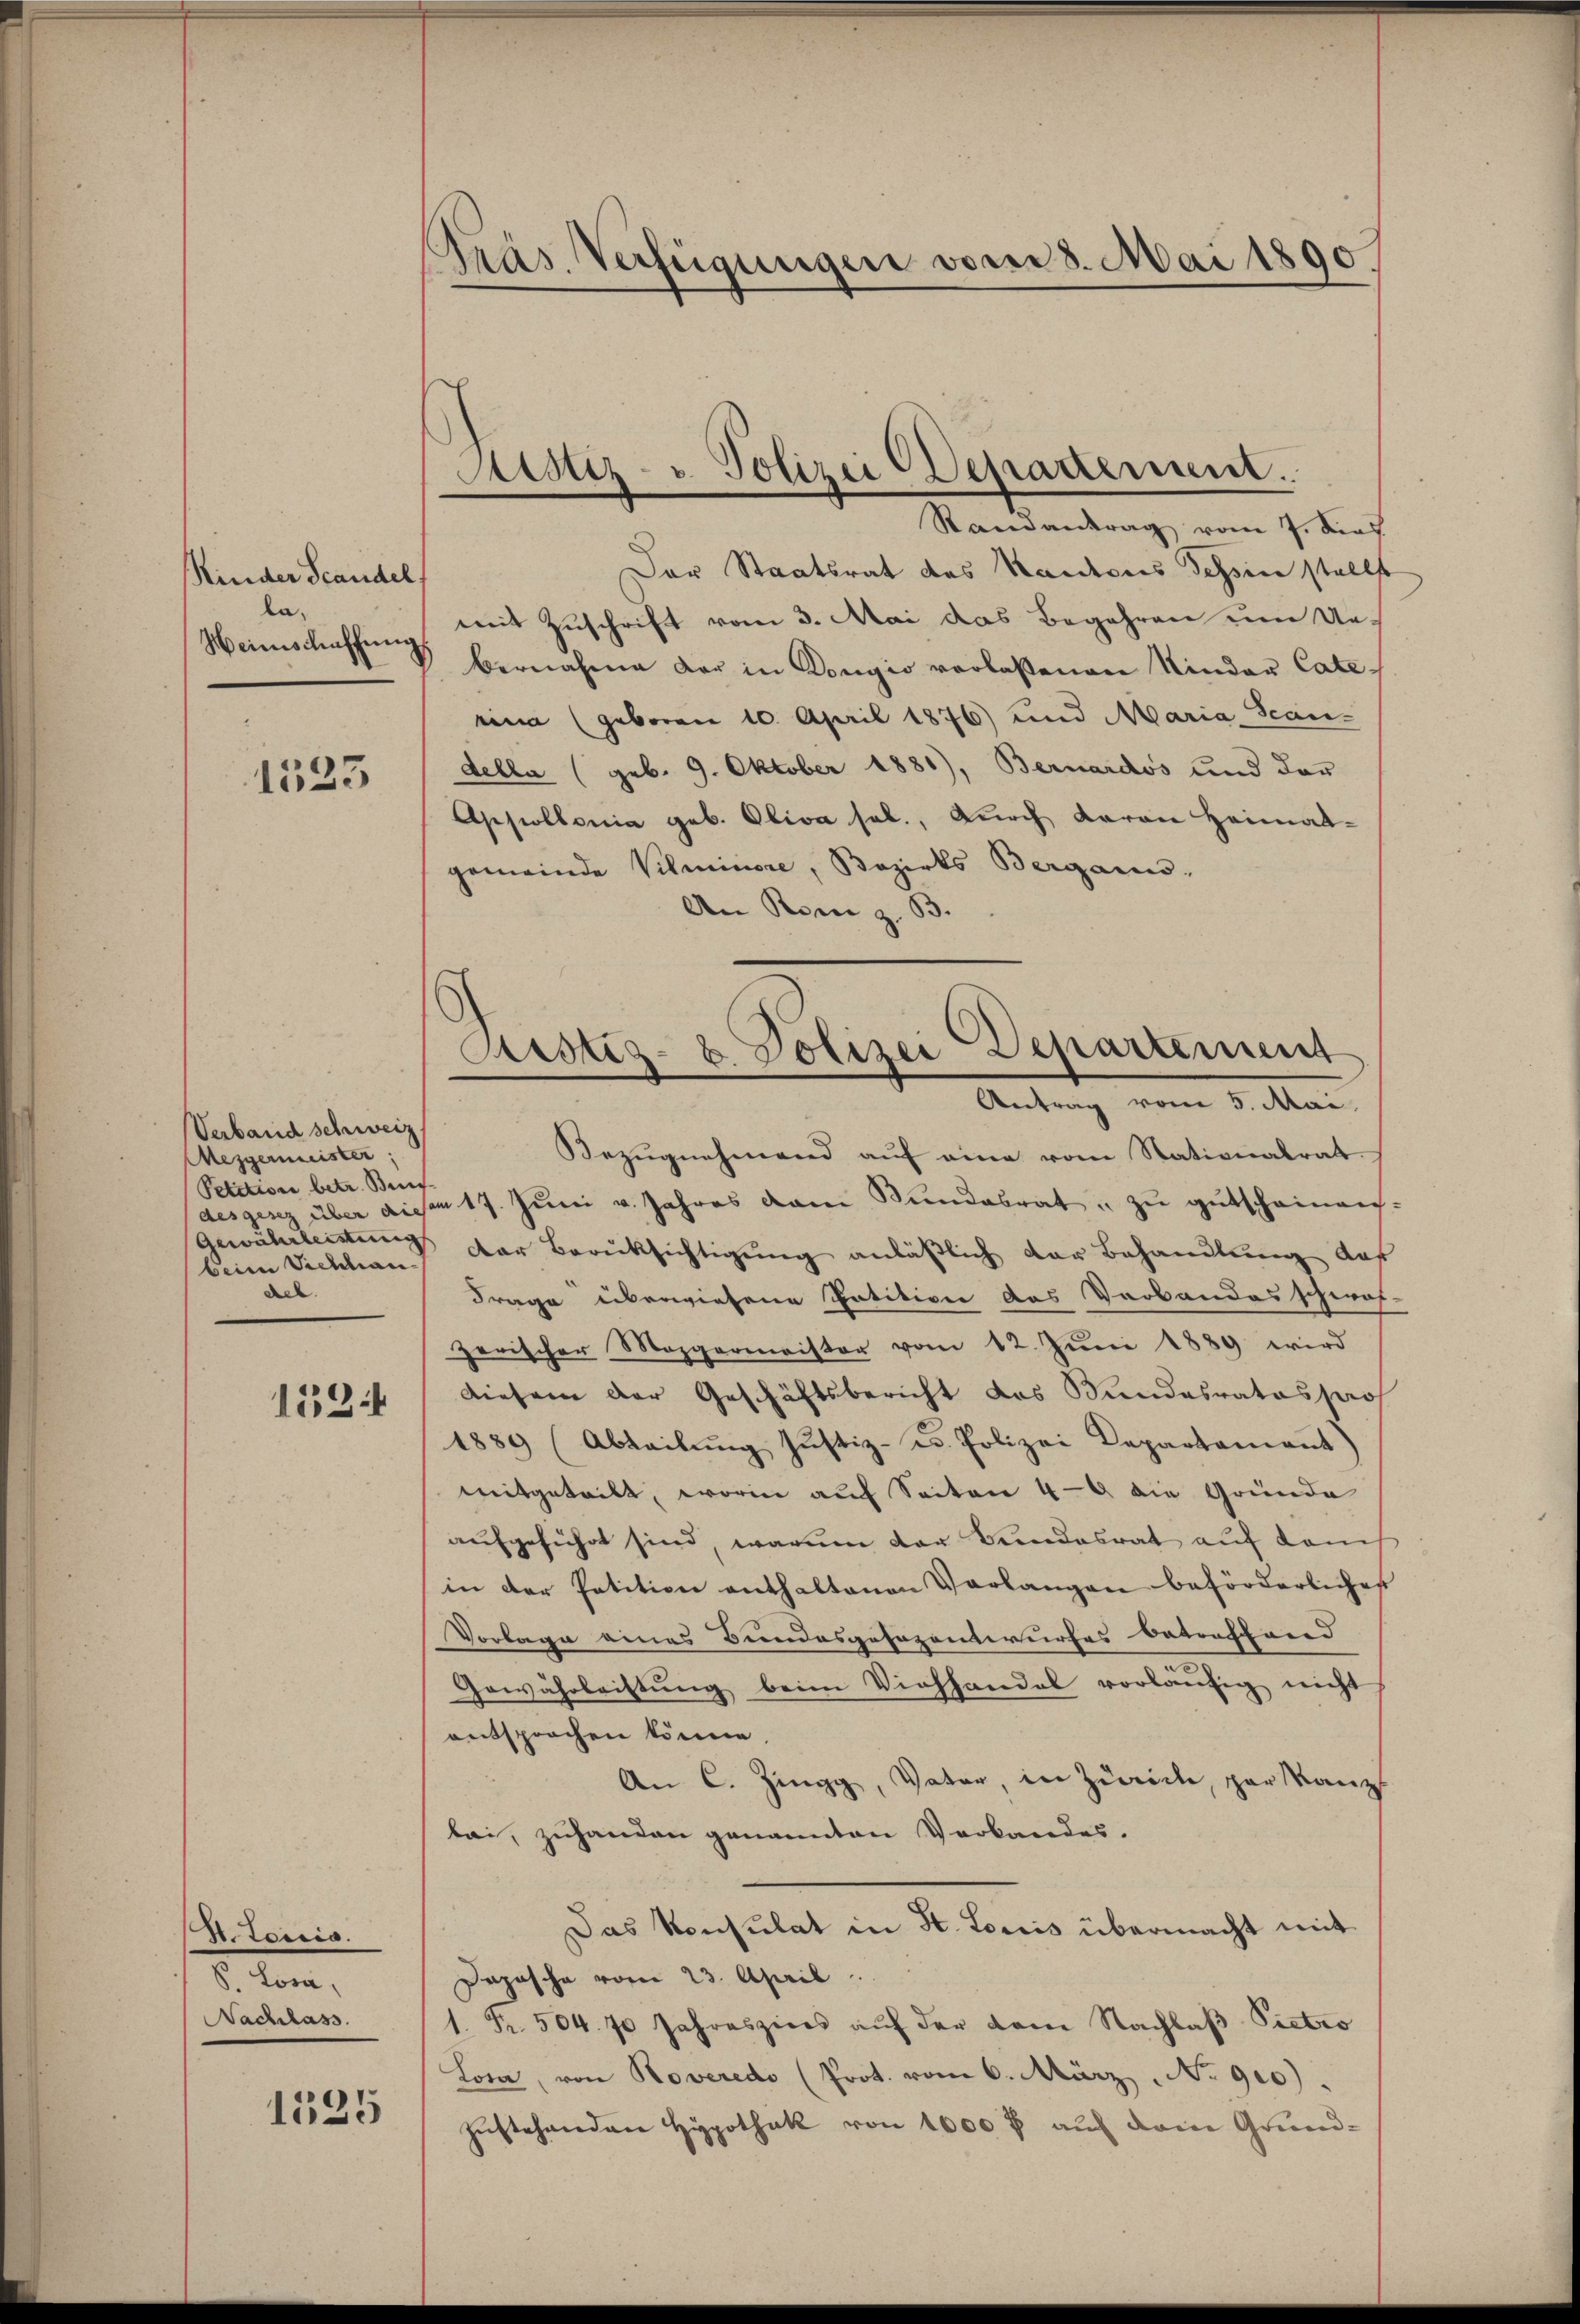
Kinder Scandel
la,
Heimschaffung

1533

Verband schweiz
Mezgermeister
Petition betr. Beis
beim Viehhauael.
152:

H.teiris.
S. Lova,
Nachlass.

1125

Präs. Verfügungen vom 8. Mai 1890

Der Staatsrat des Kantons Tessin stellt
mit Zuschrift vom 3. Mai das Begehren um Uebernahme der in Dongio verlassenen Kinder Caterina (geboren 10. April 1876) und Maria Scan-
della (geb. 9. Oktober 1881), Bernardos und der
Appollonia geb. Oliva sel., durch Baron Heimat-
gemeinde Vilminore, Bezirks Berganis
An Rom z. B.
Bezŭgnehmend auf eine vom Stationalrat.
des über diesem 17. Jŭni v. Jahres vom Bundesrat zu gutscheinan¬
Anoubeleitung der Berücksichtigung anläßlich der Behandlung auf
Frage überwiesene Entitione das Verbandes schwaf-
zerischer Mezgermeister vom 12. Juni 1889 wird
diesem der Geschäftsbericht das Bundesrates pro
1889 (Abteilung Justiz- u. Polizei Departement)
mitgeteilt, worin auf Seiten 49 die Gründe
aufgeführt sind, warum der Bundesrat auf dem
in der Petition enthaltenen Verlangen beförderliches
Vorlage eines Bundesgesezentwurfes betreffend
Gewährleistung beim Viehhandel vorläŭfig nicht
entsprochen könne.
An C. Zingg, Vater, in Zürich, par Kanzl
bei, zuhanden genannten Verbandes.
Das Konsulat in St. Loris übermacht mit
Jopische vom 23. April
1. Fr. 504. 70 Jahreszins aŭf der vom Nachlaβ Pietro
Lora, von Roveredo (Prot. vom 6. März No 910).
zustehenden Hypothek von 1000 f auf dem Grund-

Sistiz- & Polizei Departement.
Randantrag vom 7. dies

Austiz- & Polizei Departement
Antrag vom 5. Mai.